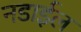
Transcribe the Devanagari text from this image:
नडाईल